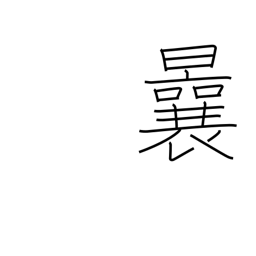
Meaning: before